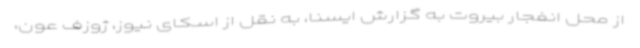
از محل انفجار بیروت به گزارش ایسنا، به نقل از اسکای نیوز، ژوزف عون،